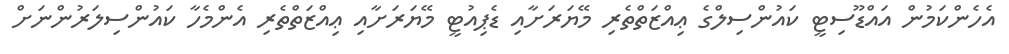
އެހެންކަމުން އައްޑޫސިޓީ ކައުންސިލްގެ ޢިއްޒަތްތެރި މޭޔަރަށާއި ޑެޕިއުޓީ މޭޔަރަށާއި ޢިއްޒަތްތެރި އެންމެހާ ކައުންސިލަރުންނަށް